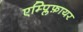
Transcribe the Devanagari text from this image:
एम्प्लिफ़ायर